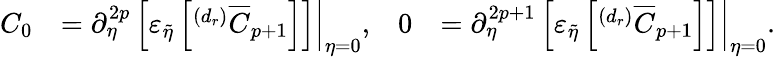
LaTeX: \begin{array}{rlrl}{C_{0}}&{=\left.\partial_{\eta}^{2p}\left[\varepsilon_{\tilde{\eta}}\left[^{(d_{r})}\overline{{C}}_{p+1}\right]\right]\right|_{\eta=0},}&{0}&{=\left.\partial_{\eta}^{2p+1}\left[\varepsilon_{\tilde{\eta}}\left[^{(d_{r})}\overline{{C}}_{p+1}\right]\right]\right|_{\eta=0}.}\end{array}